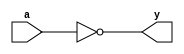
module _inv(a,y); // this module makes inverter
input a; // define input a
output y; // define output y
assign y = ~a; // y is a's inverse
endmodule // end of module

module _nand2(a,b,y); // this module makes 2 input nand gate
input a,b; // define input a,b
output y; // define output y
assign y = ~(a&b); // y is (a and b)'s inverse
endmodule // end of module

module _and2(a,b,y); // this module makes 2 input and gate
input a,b; // define input a,b
output y; // define output y
assign y = a & b; // y is a and b 
endmodule // end of module

module _or2(a,b,y); // this module makes 2 input or gate
input a,b; // define input a,b
output y; // define output y
assign y = a | b; // y is a or b 
endmodule // end of module

module _xor2(a,b,y); // this module makes 2 input xor gate
input a,b; // define input a,b
output y; // define output y
wire inv_a, inv_b; // inv_a means a's inverse, inv_b means b's inverse
wire w0, w1; // w0 means inv_a & b, w1 means a & inv_b
_inv U0_inv(.a(a), .y(inv_a)); // Find inv_a by inv operation of a 
_inv U1_inv(.a(b), .y(inv_b)); // Find inv_b by inv operation of b
_and2 U2_and2(.a(inv_a), .b(b), .y(w0)); // Find w0 by AND operation of inv_a and b
_and2 U3_and2(.a(a), .b(inv_b), .y(w1)); // Find w1 by AND operation of inv_b and a
_or2 U4_or2(.a(w0), .b(w1), .y(y)); // Find y by OR operation of w0 and w1
endmodule // end of module

module _and3(a,b,c,y); // this module makes 3 input and gate
input a,b,c; // define input a,b,c
output y; // define  output y
assign y = a & b & c; // y is a and b and c
endmodule // end of module

module _and4(a,b,c,d,y); // this module makes 4 input and gate
input a,b,c,d; // define input a,b,c,d
output y; // define output y
assign y = a & b & c & d; // y is a and b and c and d
endmodule // end of module

module _and5(a,b,c,d,e,y); // this module makes 5 input and gate
input a,b,c,d,e; // define input a,b,c,d,e
output y; // define output y
assign y = a & b & c & d & e; // y is a and b and c and d and e
endmodule // end of module

module _or3(a,b,c,y);// this module makes 3 input or gate
input a,b,c; // define input a,b,c
output y; // define output y
assign y= a | b | c; // y is a or b or c
endmodule // end of module

module _or4(a,b,c,d,y); // this module makes 4 input or gate
input a,b,c,d; // define input a,b,c,d
output y; // define output y
assign y = a | b | c | d; // y is a or b or c or d
endmodule // end of module

module _or5(a,b,c,d,e,y); // this module makes 5 input or gate
input a,b,c,d,e; // define input a,b,c,d,e
output y; // define output y
assign y = a | b | c | d | e; // define y is a or b or c or d or e
endmodule // end of module